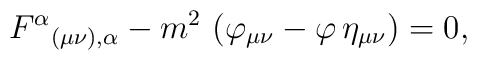
F^{\alpha }{}_{(\mu \nu ),\alpha }- m^{2}\,\left( \varphi_{\mu\nu}-\varphi\,\eta _{\mu \nu }\right) =0 ,